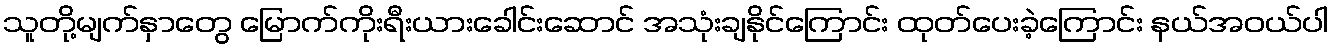
သူတို့မျက်နှာတွေ မြောက်ကိုးရီးယားခေါင်းဆောင် အသုံးချနိုင်ကြောင်း ထုတ်ပေးခဲ့ကြောင်း နယ်အဝယ်ပါ